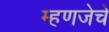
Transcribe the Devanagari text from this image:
म्हणजेचे